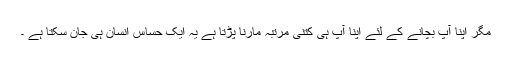
مگر اپنا آپ بچانے کے لئے اپنا آپ ہی کتنی مرتبہ مارنا پڑتا ہے یہ ایک حساس انسان ہی جان سکتا ہے ۔